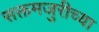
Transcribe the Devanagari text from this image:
सक्तमजुरीच्या